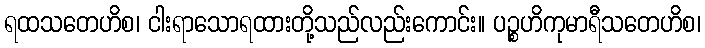
ရထသတေဟိစ၊ ငါးရာသောရထားတို့သည်လည်းကောင်း။ ပဉ္စဟိကုမာရီသတေဟိစ၊